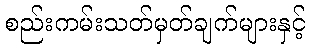
စည်းကမ်းသတ်မှတ်ချက်များနှင့်